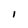
Character: I